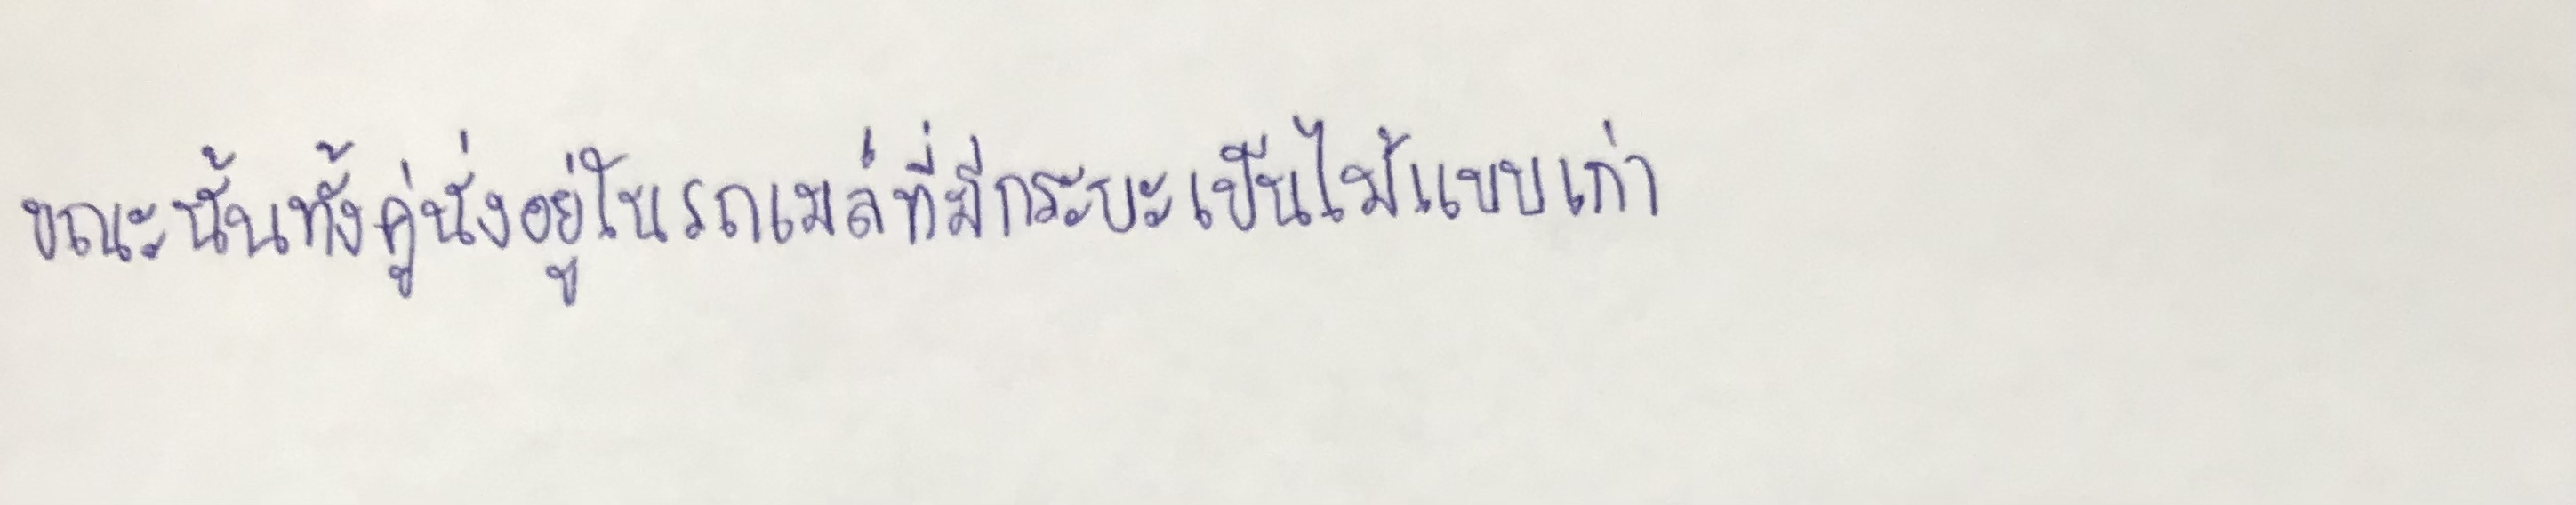
ขณะนั้นทั้งคู่นั่งอยู่ในรถเมล์ที่มีกระบะเป็นไม้แบบเก่า